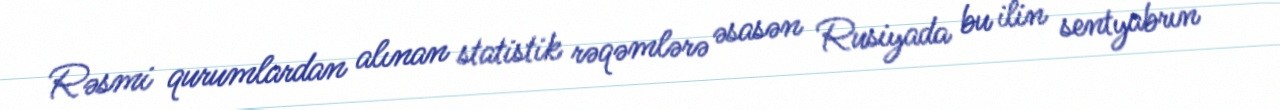
Rəsmi qurumlardan alınan statistik rəqəmlərə əsasən Rusiyada bu ilin sentyabrın